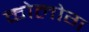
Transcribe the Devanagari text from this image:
कोलोग